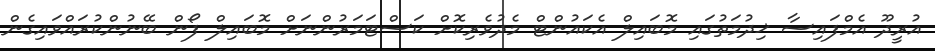
އުރީދޫ އެމްފައިސާ ޚިދުމަތުގައި މޮބައިލް އެކައުންޓް މެދުވެރިކޮށް ކަސްޓަމަރުންނަށް މޮބައިލް ފޯން ބޭނުންކުރައްވައިގެން